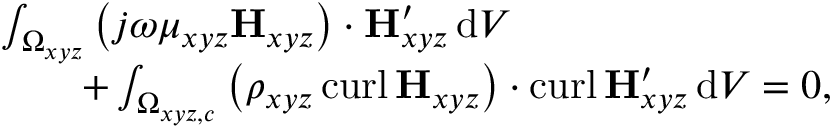
\begin{array} { r l } & { \int _ { \Omega _ { x y z } } \left( j \omega \mu _ { x y z } \mathbf { H } _ { x y z } \right) \cdot \mathbf { H } _ { x y z } ^ { \prime } \, \mathrm { d } V \, } \\ & { \qquad + \int _ { \Omega _ { x y z , c } } \left( \rho _ { x y z } \, \mathrm { c u r l } \, \mathbf { H } _ { x y z } \right) \cdot \mathrm { c u r l } \, \mathbf { H } _ { x y z } ^ { \prime } \, \mathrm { d } V = 0 , } \end{array}